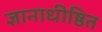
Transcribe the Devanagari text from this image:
ज्ञानाधीष्ठित